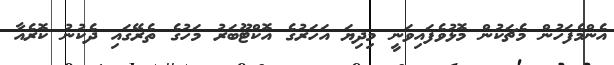
އެންމެފަހުން މެޗަކުން މޮޅުވެފައިވަނީ މިދިޔަ އަހަރުގެ އޮކްޓޫބަރު މަހުގެ ތެރޭގައި ދެކުނު ކޮރެއާ